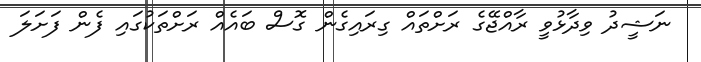
ނަޝީދު ވިދާޅުވީ ރާއްޖޭގެ ރަށްތައް ގިރައިގެން ގޮސް ބައެއް ރަށްތަކުގައި ފެން ފަށަލަ